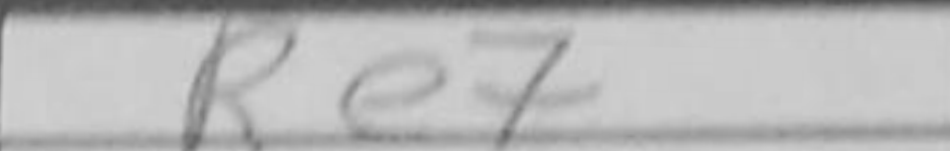
Transcription: Re7